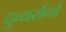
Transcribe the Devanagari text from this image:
दुव्यर्सनों